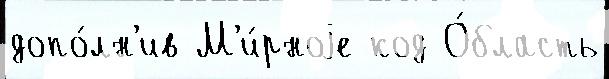
допо́лн'ив М'и́рноjе код О́бласть